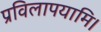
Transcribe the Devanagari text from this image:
प्रविलापयामि।